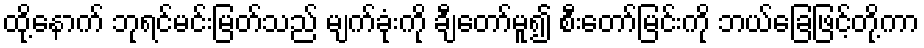
ထို့နောက် ဘုရင်မင်းမြတ်သည် မျက်ခုံးကို ချီတော်မူ၍ စီးတော်မြင်းကို ဘယ်ခြေဖြင့်တို့ကာ